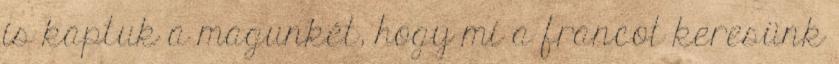
is kaptuk a magunkét, hogy mi a francot keresünk